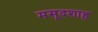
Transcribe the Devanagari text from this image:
मसूदशाह